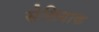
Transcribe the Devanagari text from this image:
सेलियाक